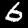
Label: 6